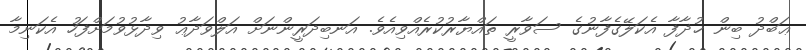
ޢަބްދު ބިން ޚުޛާފާ އެކަލޭގެފާނުގެ ސަވާރީ ތައްޔާރުކުރެއްވިއެވެ. އަނބިދަރީންނަށް އަލްވަދާޢު ވިދާޅުވުމަށްފަހު އެކަނިމާ